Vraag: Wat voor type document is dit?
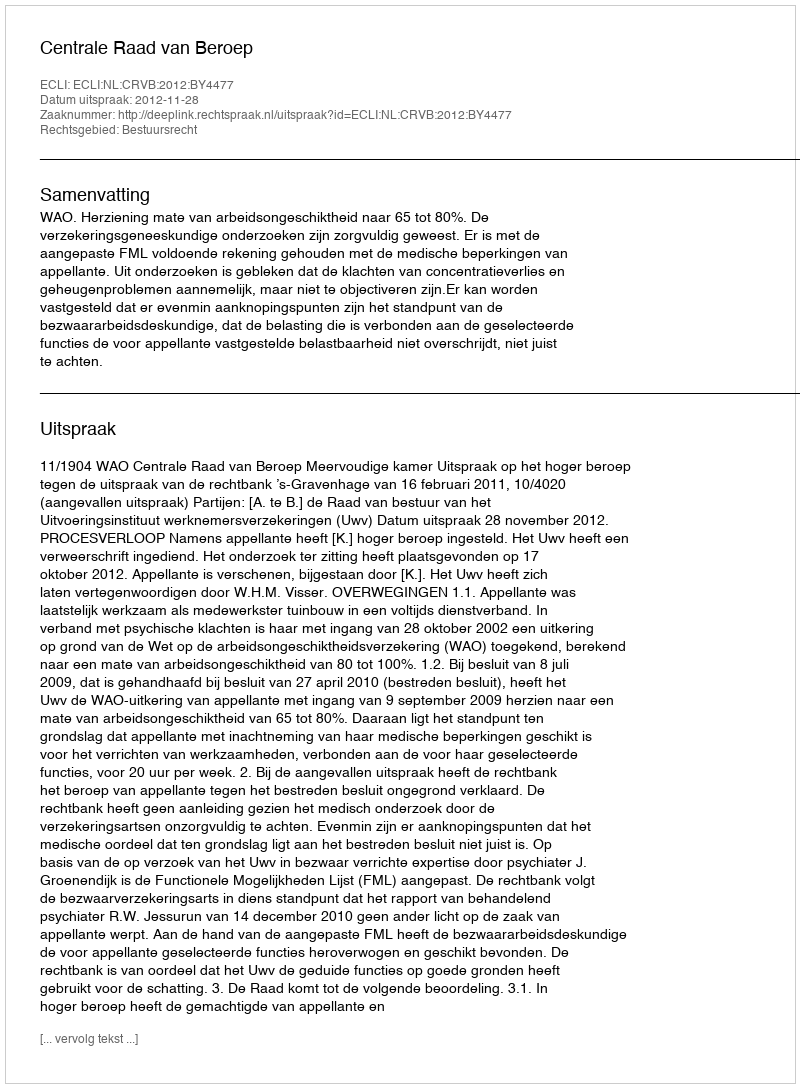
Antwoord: Uitspraak